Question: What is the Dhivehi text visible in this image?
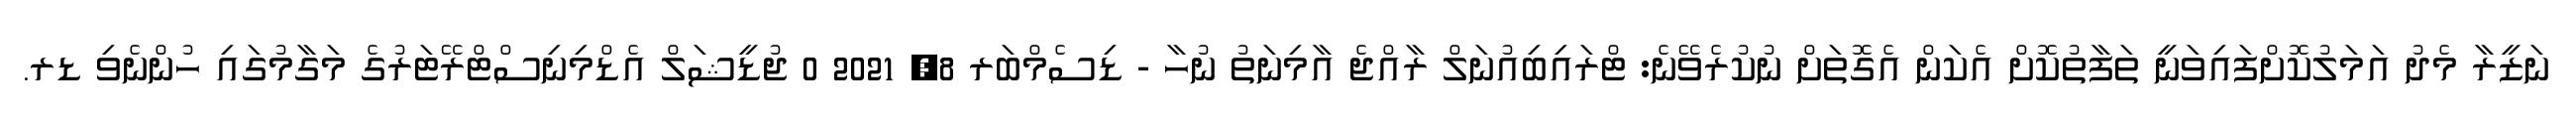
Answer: ނަޒީރާ މެދު އަމަލުކޮށްފައިވަނީ ތަފާތުކޮށް އެކަން އެގޮތަށް ނުކުރެވޭނެ: ޓްރައިބިއުނަލް ރާއްޖެ އާމިނަތު ނުހާ - ޑިސެމްބަރ 8, 2021 0 ޖުޑީޝަލް އެޑްމިނިސްޓްރޭޓަރުގެ މަގާމުގައި ހުންނެވި ޑރ.